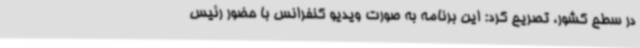
در سطح کشور، تصریح کرد: این برنامه به صورت ویدیو کنفرانس با حضور رئیس